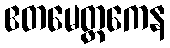
ဧတမေတ္တကေန